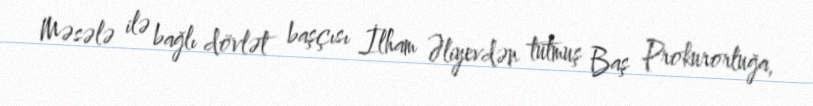
Məsələ ilə bağlı dövlət başçısı İlham Əliyevdən tutmuş Baş Prokurorluğa,